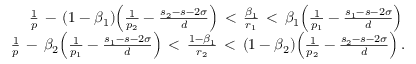
\begin{array} { r } { \frac 1 p \, - \, ( 1 - \beta _ { 1 } ) \Big ( \frac 1 { p _ { 2 } } - \frac { s _ { 2 } - s - 2 \sigma } d \Big ) \, < \, \frac { \beta _ { 1 } } { r _ { 1 } } \, < \, \beta _ { 1 } \Big ( \frac 1 { p _ { 1 } } - \frac { s _ { 1 } - s - 2 \sigma } d \Big ) \, } \\ { \frac 1 p \, - \, \beta _ { 2 } \Big ( \frac 1 { p _ { 1 } } - \frac { s _ { 1 } - s - 2 \sigma } d \Big ) \, < \, \frac { 1 - \beta _ { 1 } } { r _ { 2 } } \, < \, ( 1 - \beta _ { 2 } ) \Big ( \frac 1 { p _ { 2 } } - \frac { s _ { 2 } - s - 2 \sigma } d \Big ) \, . } \end{array}